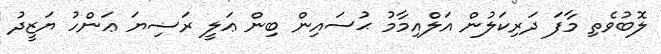
ލޮބުވެތި މާފަ ދަރިކަލުން އަލްއިމާމު ޙުސައިން ބިން ޢަލީ ރަޟިޔަ ޢަންހު ޔަޒީދު